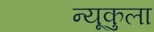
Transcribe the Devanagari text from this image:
न्यूकुला